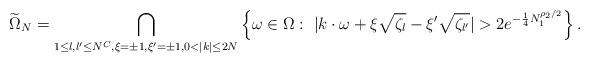
LaTeX: \begin{align*}\widetilde\Omega_N=\bigcap_{1\leq l,l'\leq N^C, \xi=\pm1, \xi'=\pm1, 0<|k|\leq 2N}\left\{\omega\in\Omega:\ |k\cdot\omega+\xi\sqrt{\zeta_l}-\xi'\sqrt{\zeta_{l'}}|>2 e^{-\frac 14 N_1^{\rho_2/2}}\right\}. \end{align*}